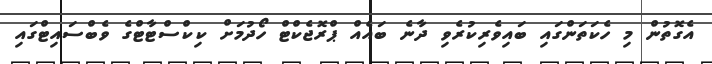
އެގޮތުން މި ހެކަތަންގައި ބައިވެރިކުރެވި ދާނެ ބައެއް ޕްރޮޖެކްޓް ހޯދުމަށް ކިކްސްޓާޓްގެ ވެބްސައިޓްގައި